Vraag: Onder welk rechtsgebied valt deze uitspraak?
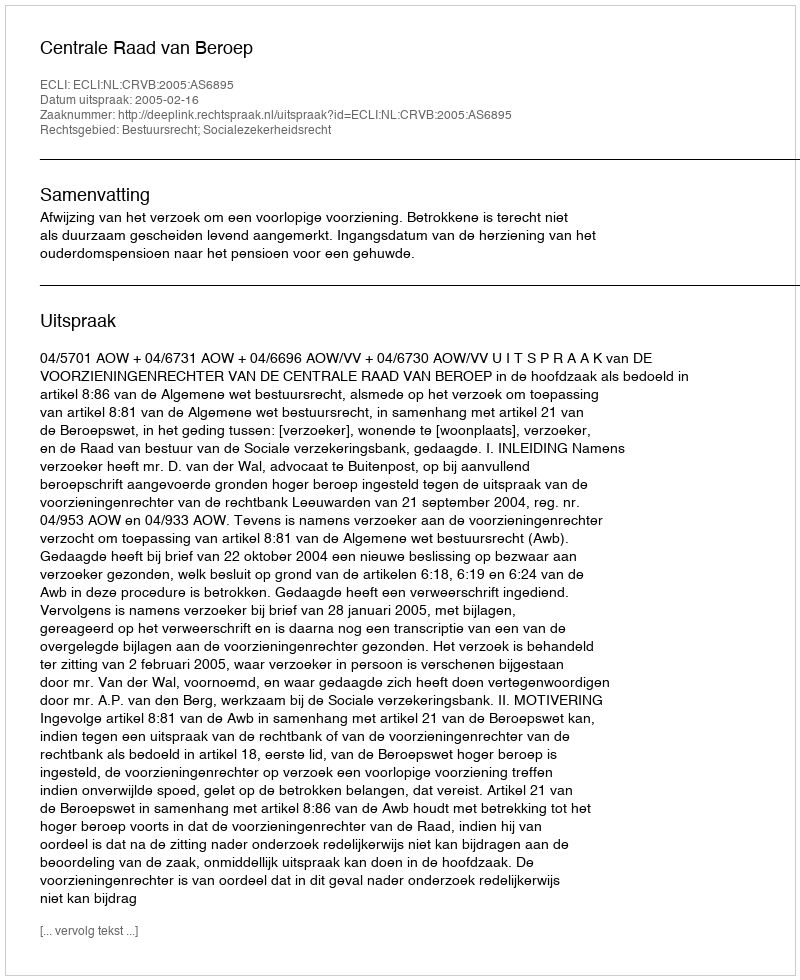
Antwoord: Bestuursrecht; Socialezekerheidsrecht